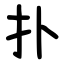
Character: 扑